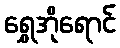
ရွှေအိုရောင်